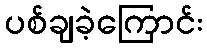
ပစ်ချခဲ့ကြောင်း